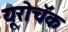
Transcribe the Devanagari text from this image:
यूरोचॅक